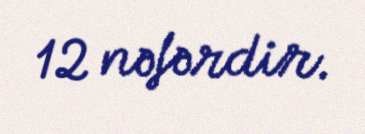
12 nəfərdir.